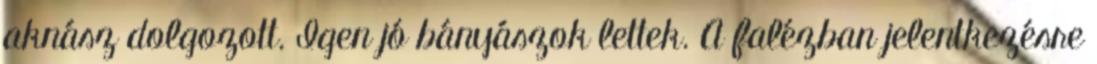
aknász dolgozott. Igen jó bányászok lettek. A falézban jelentkezésre